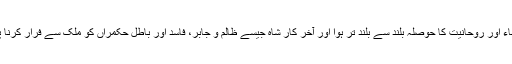
علماء اور روحانیت کا حوصلہ بلند سے بلند تر ہوا اور آخر کار شاہ جیسے ظالم و جابر، فاسد اور باطل حکمراں کو ملک سے فرار کرنا پڑا۔